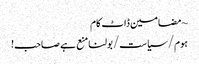
~ مضامین ڈاٹ کام
ہوم/سیاست/بولنا منع ہے صاحب!